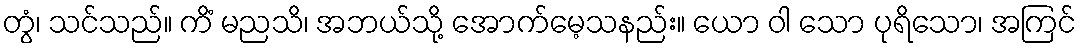
တွံ၊ သင်သည်။ ကိံ မညသိ၊ အဘယ်သို့ အောက်မေ့သနည်း။ ယော ဝါ သော ပုရိသော၊ အကြင်